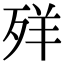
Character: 𦍙